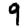
Digit: 9